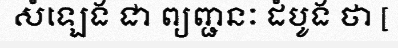
សំឡេង ជា ព្យញ្ជនៈ ដំបូង ថា [